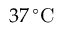
3 7 \, ^ { \circ } \mathrm { C }